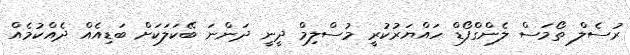
ރުސެލް ތޯމަސް ލެންގްފޯޑް ހައްޔަރުކުރީ މުސްލިމް ދީނީ ދަންނަ ބޭކަލަކަށް ބަޑިއެއް ދެއްކުމެއް